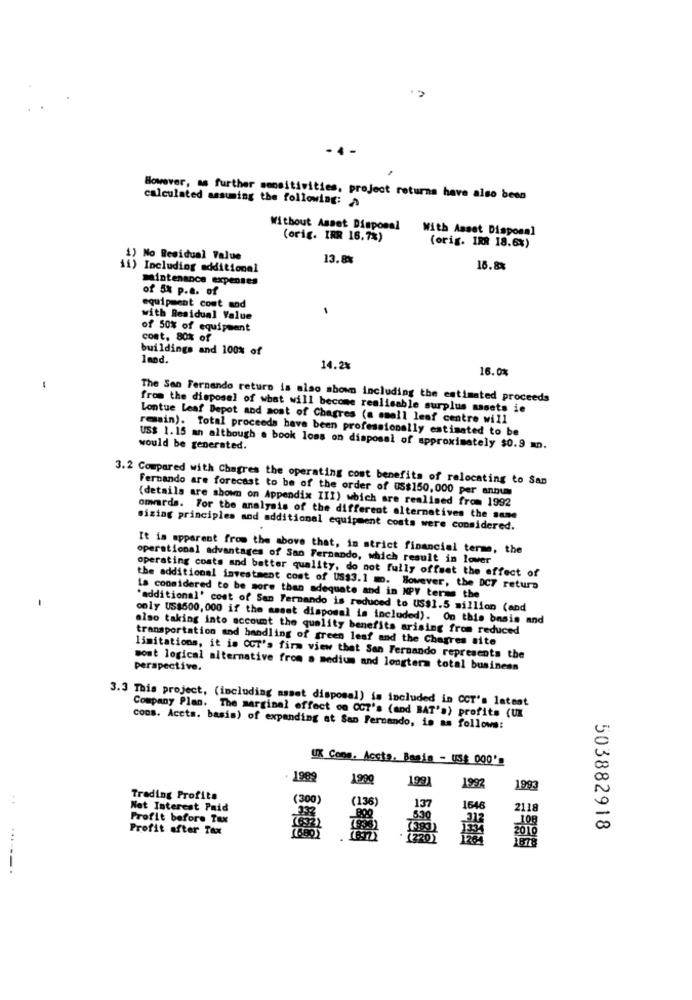
- 4
calculated assuming the following:
However, as further sensitivities, project returns have also been
Without Asset Disposal
With Asset Disposal
(orig. IRR 16.7%)
(orig. IRR 18.6%)
1) No Residual Value
13.8%
ii) Including additional
18.8%
maintenance expenses
of 5% p.a. of
equipment cost and
with Residual Value
of 50% of equipment
cost, 80% of
buildings and 100% of
1mod.
14.2%
16.0%
-
The San Fernando returo is also mbown including the estimated proceeds
from the disposal of what will become realisable surplus masets ie
Lontue Leaf Depot and most of Chagres (a small leaf centre will
resain). Total proceeds have been professionally estimated to be
would be generated.
US$ 1.15 an although a book loss on disposal of approximately $0.9 mn.
3.2 Compared with Chagres the operating cost benefits of relocating to San
Fernando are forecast to be of the order of 05$150,000 per annum
(details are shown on Appendix III) which are realised from 1992
omards. For the analysis of the different alternatives the same
sizing principles and additional equipment costs were considered.
It is apparent from the above that, in strict financial terme, the
operational advantages of San Fernando, which result in lower
operating costs and better quality, do not fully offset the effect of
the additional investment cost of US$3.1 m. However, the DCT return
is considered to be more than adequate and in NPV terms the
"additional' cost of San Fernando is reduced to US$1.5 million (and
only US$500, 000 if the asset disposal is included). On this basis and
also taking into account the quality benefits arising from reduced
transportation and handling of green leaf and the Chagres site
limitations, it is CCT's firm view that San Fernando represents the
perspective.
most logical alternative from a medium and longterm total business
3.3 This project, (including asset disposal) is included in CCT's latest
Company Plan. The marginal effect on OCT's (and BAT's) profits (UK
cons. Accts. basis) of expanding at San Fernando, is as follows:
UK Cons. Accts, Basis - US$ 000'
1989
199
192)
1992
00
1993
Trading Profits
(300)
(136)
137
Not Interest Paid
1646
2118
Profit before Tax
8.30
108
Profit after Tax
00
503882918
(220)